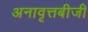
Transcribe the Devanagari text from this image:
अनावृत्तबीजी